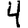
Digit: 4